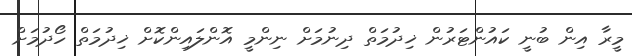
މީރާ އިން ބުނީ ކައުންޓަރުން ޚިދުމަތް ދިނުމަށް ނިންމީ އޮންލައިންކޮށް ޚިދުމަތް ހޯދުމަށް